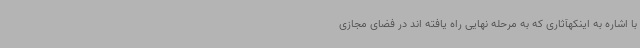
با اشاره به اینکهآثاری که به مرحله نهایی راه یافته اند در فضای مجازی